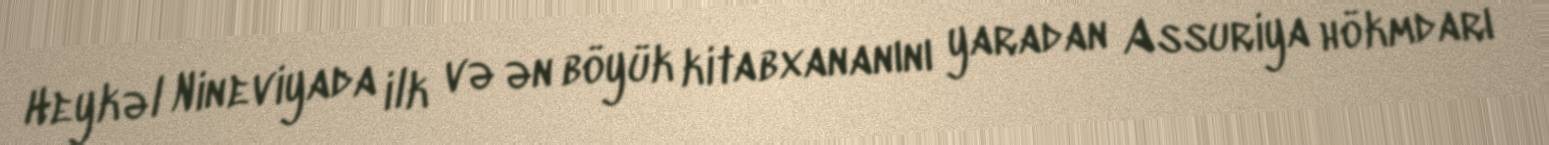
Heykəl Nineviyada ilk və ən böyük kitabxananını yaradan Assuriya hökmdarı